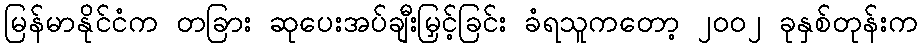
မြန်မာနိုင်ငံက တခြား ဆုပေးအပ်ချီးမြှင့်ခြင်း ခံရသူကတော့ ၂၀၀၂ ခုနှစ်တုန်းက